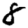
Digit: 8